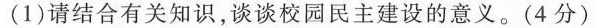
(1)请结合有关知识，谈谈校园民主建设的意义。(4分)